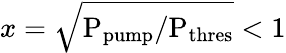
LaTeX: x=\sqrt{\mathrm{P_{pump}/P_{thres}}}<1